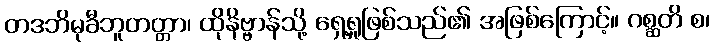
တဒဘိမုခီဘူတတ္တာ၊ ထိုနိဗ္ဗာန်သို့ ရှေ့ရှုဖြစ်သည်၏ အဖြစ်ကြောင့်။ ဂစ္ဆတိ စ၊